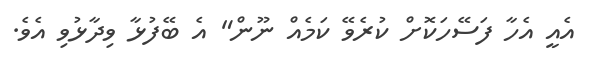
އެއީ އެހާ ފަސޭހަކޮށް ކުރެވޭ ކަމެއް ނޫން" އެ ބޭފުޅާ ވިދާޅުވި އެވެ.